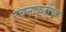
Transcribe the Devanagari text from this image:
रचनाकृतींच्या